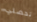
تحصلي